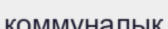
коммуналық